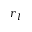
r _ { l }